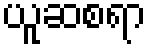
ယူဆစရာ